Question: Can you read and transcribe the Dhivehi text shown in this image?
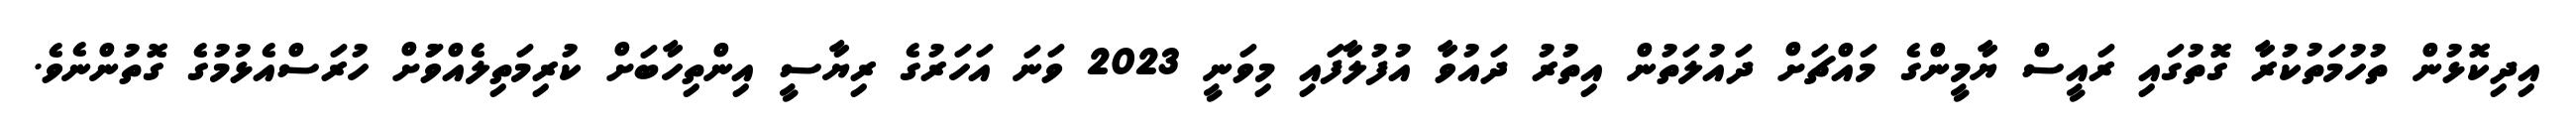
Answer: އިދިކޮޅުން ތުހުމަތުކުރާ ގޮތުގައި ރައީސް ޔާމީންގެ މައްޗަށް ދައުލަތުން އިތުރު ދައުވާ އުފުލާފައި މިވަނީ 2023 ވަނަ އަހަރުގެ ރިޔާސީ އިންތިހާބަށް ކުރިމަތިލެއްވުަށް ހުރަސްއެޅުމުގެ ގޮތުންނެވެ.